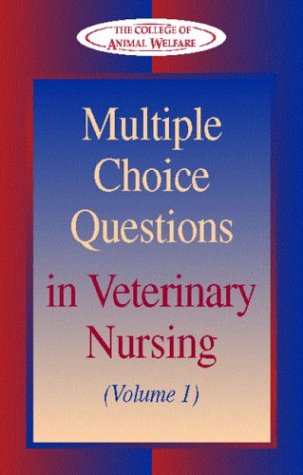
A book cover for Multiple Choice Questions in Veterinary Nursing: Volume 1, 1e; CAW; Medical Books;